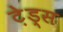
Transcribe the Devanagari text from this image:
टे़ड्स